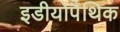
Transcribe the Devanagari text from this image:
इडीयोपैथिक